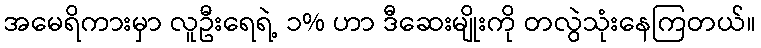
အမေရိကားမှာ လူဦးရေရဲ့ ၁% ဟာ ဒီဆေးမျိုးကို တလွဲသုံးနေကြတယ်။